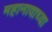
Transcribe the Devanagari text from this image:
महानावाच्या